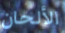
الألحان